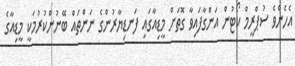
އެހެންވެ ސުޕްރީމް ކޯޓުން އަންގާފައިވާ ގޮތަށް މީޑިއާގައި ފަނޑިޔާރުންގެ ނަންތައް ބޭނުންކުރުމަކީ މީޑިއާގެ